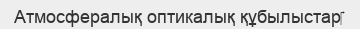
Атмосфералық оптикалық құбылыстар‎